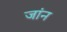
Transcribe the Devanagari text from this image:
जांन